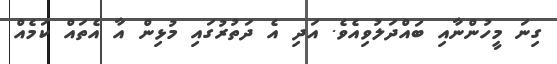
ގިނަ މީހުންނާއި ބައްދަލުވިއެވެ. އަދި އެ ދަތުރުގައި މުޅިން އާ އެތައް ކަމެއް